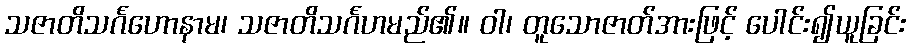
သဇာတိသင်္ဂဟောနာမ၊ သဇာတိသင်္ဂဟမည်၏။ ဝါ၊ တူသောဇာတ်အားဖြင့် ပေါင်း၍ယူခြင်း